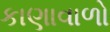
કાણાવાળો